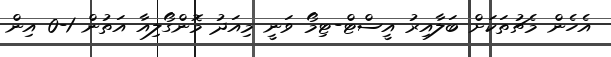
އެހެން މެޗުތަކަށް ބަލާއިރު އީސްޓް-ޓިމޯ ވަނީ މިއަދު މޮންގޯލިއާ އަތުން 1-0 އިން